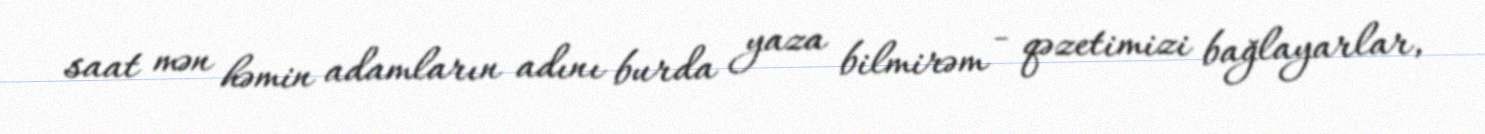
saat mən həmin adamların adını burda yaza bilmirəm - qəzetimizi bağlayarlar,